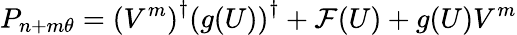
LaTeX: P_{n+m\theta}=\left(V^{m}\right)^{\dagger}\left({g}(U)\right)^{\dagger}+\mathcal{F}(U)+g(U)V^{m}